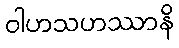
ဝါဟသဟဿာနိ